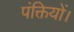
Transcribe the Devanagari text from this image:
पंक्तियों।